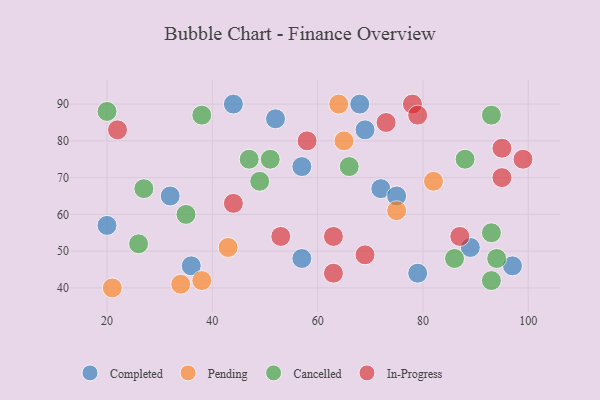
{"axis": {"x": "GDP", "y": "Life Expectancy"}, "legend": ["Cancelled", "Completed", "In-Progress", "Pending"], "data": [{"x": "79", "y": 44, "type": "Completed"}, {"x": "36", "y": 46, "type": "Completed"}, {"x": "72", "y": 67, "type": "Completed"}, {"x": "69", "y": 83, "type": "Completed"}, {"x": "52", "y": 86, "type": "Completed"}, {"x": "57", "y": 73, "type": "Completed"}, {"x": "20", "y": 57, "type": "Completed"}, {"x": "89", "y": 51, "type": "Completed"}, {"x": "68", "y": 90, "type": "Completed"}, {"x": "97", "y": 46, "type": "Completed"}, {"x": "75", "y": 65, "type": "Completed"}, {"x": "32", "y": 65, "type": "Completed"}, {"x": "57", "y": 48, "type": "Completed"}, {"x": "44", "y": 90, "type": "Completed"}, {"x": "82", "y": 69, "type": "Pending"}, {"x": "34", "y": 41, "type": "Pending"}, {"x": "43", "y": 51, "type": "Pending"}, {"x": "65", "y": 80, "type": "Pending"}, {"x": "75", "y": 61, "type": "Pending"}, {"x": "64", "y": 90, "type": "Pending"}, {"x": "38", "y": 42, "type": "Pending"}, {"x": "21", "y": 40, "type": "Pending"}, {"x": "66", "y": 73, "type": "Cancelled"}, {"x": "38", "y": 87, "type": "Cancelled"}, {"x": "86", "y": 48, "type": "Cancelled"}, {"x": "88", "y": 75, "type": "Cancelled"}, {"x": "49", "y": 69, "type": "Cancelled"}, {"x": "51", "y": 75, "type": "Cancelled"}, {"x": "27", "y": 67, "type": "Cancelled"}, {"x": "47", "y": 75, "type": "Cancelled"}, {"x": "93", "y": 87, "type": "Cancelled"}, {"x": "94", "y": 48, "type": "Cancelled"}, {"x": "93", "y": 55, "type": "Cancelled"}, {"x": "93", "y": 42, "type": "Cancelled"}, {"x": "20", "y": 88, "type": "Cancelled"}, {"x": "26", "y": 52, "type": "Cancelled"}, {"x": "35", "y": 60, "type": "Cancelled"}, {"x": "99", "y": 75, "type": "In-Progress"}, {"x": "22", "y": 83, "type": "In-Progress"}, {"x": "95", "y": 78, "type": "In-Progress"}, {"x": "95", "y": 70, "type": "In-Progress"}, {"x": "69", "y": 49, "type": "In-Progress"}, {"x": "78", "y": 90, "type": "In-Progress"}, {"x": "58", "y": 80, "type": "In-Progress"}, {"x": "63", "y": 54, "type": "In-Progress"}, {"x": "63", "y": 44, "type": "In-Progress"}, {"x": "87", "y": 54, "type": "In-Progress"}, {"x": "73", "y": 85, "type": "In-Progress"}, {"x": "53", "y": 54, "type": "In-Progress"}, {"x": "79", "y": 87, "type": "In-Progress"}, {"x": "44", "y": 63, "type": "In-Progress"}]}